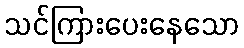
သင်ကြားပေးနေသော